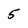
Character: 5